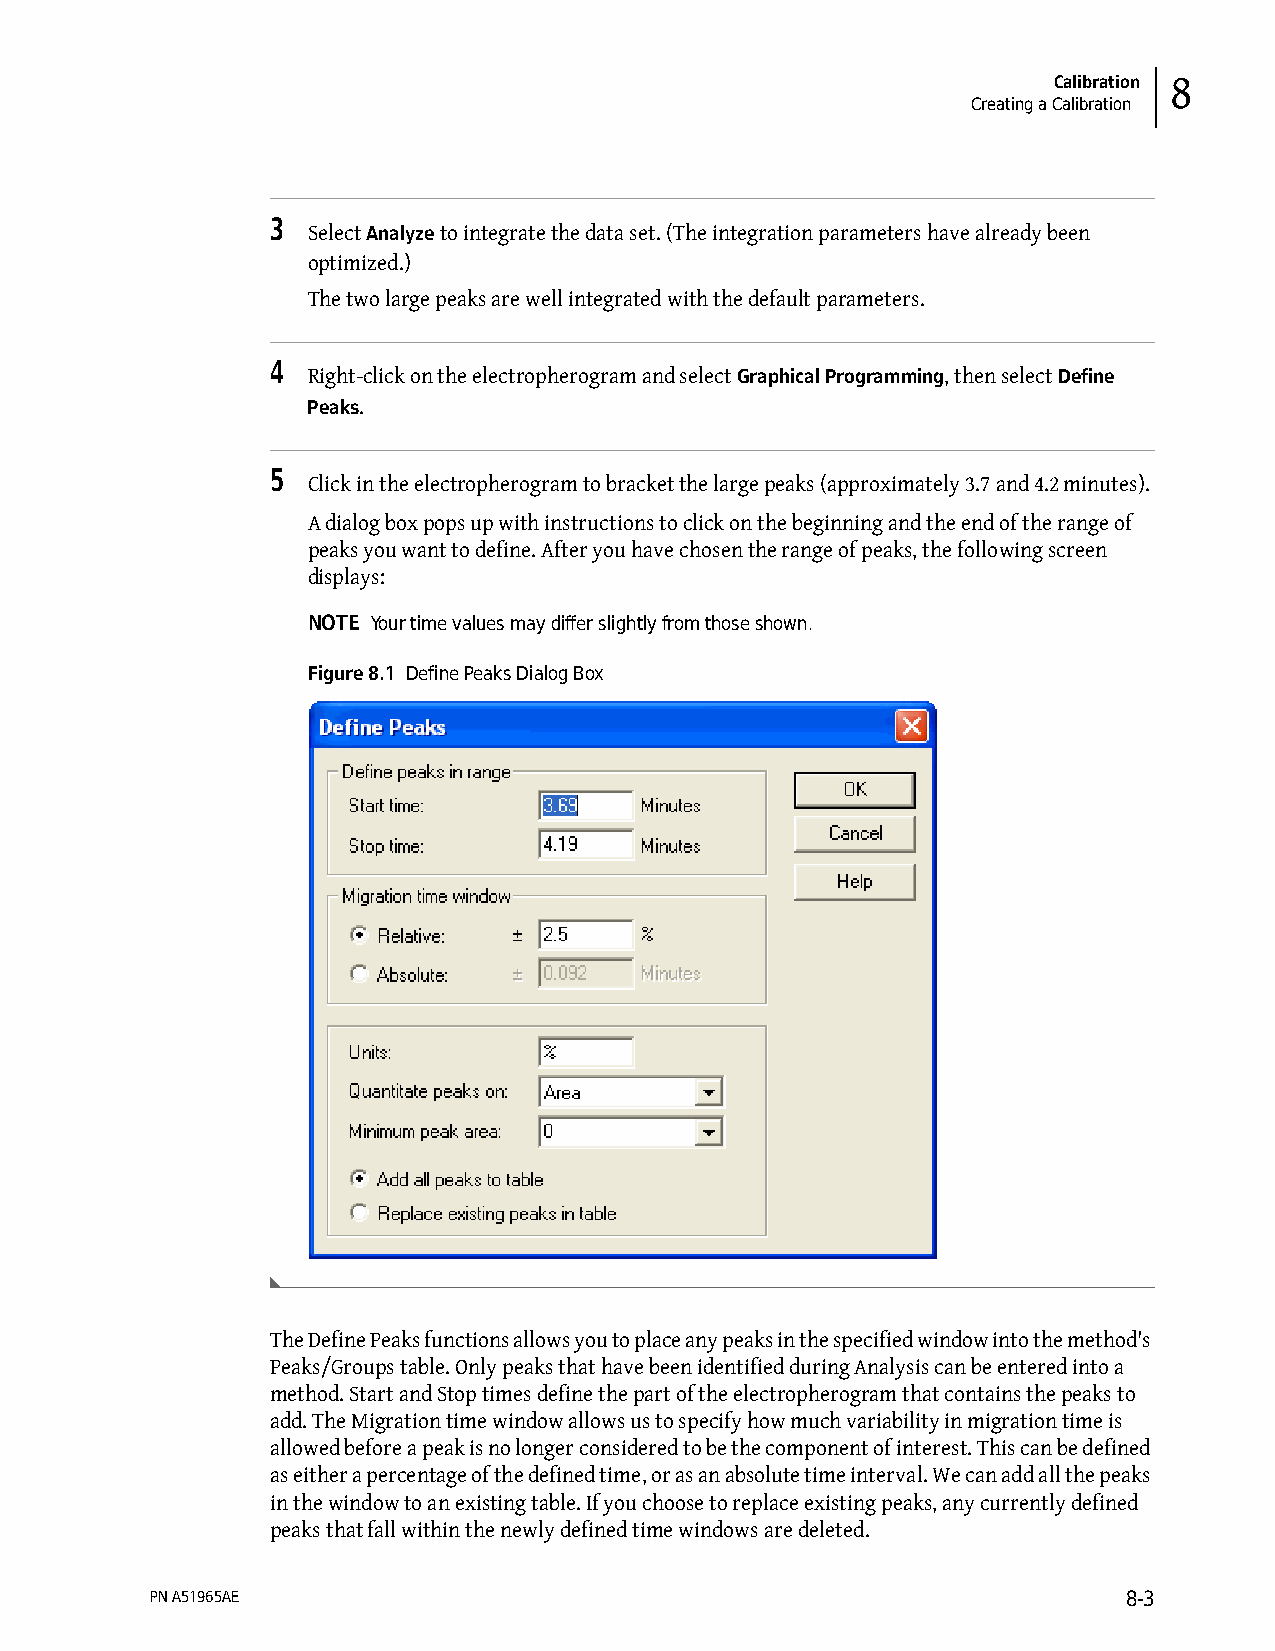
Calibration 8
 Creating a Calibration
 3
 Select Analyze to integrate the data set. (The integration parameters have already been
 optimized.)
 The two large peaks are well integrated with the default parameters.
 4
 Right-click on the electropherogram and select Graphical Programming, then select Define
 Peaks.
 5
 Click in the electropherogram to bracket the large peaks (approximately 3.7 and 4.2 minutes).
 A dialog box pops up with instructions to click on the beginning and the end of the range of
 peaks you want to define. After you have chosen the range of peaks, the following screen
 displays:
 NOTE Your time values may differ slightly from those shown.
 Figure 8.1 Define Peaks Dialog Box
 The Define Peaks functions allows you to place any peaks in the specified window into the method's
 Peaks/Groups table. Only peaks that have been identified during Analysis can be entered into a
 method. Start and Stop times define the part of the electropherogram that contains the peaks to
 add. The Migration time window allows us to specify how much variability in migration time is
 allowed before a peak is no longer considered to be the component of interest. This can be defined
 as either a percentage of the defined time, or as an absolute time interval. We can add all the peaks
 in the window to an existing table. If you choose to replace existing peaks, any currently defined
 peaks that fall within the newly defined time windows are deleted.
 PN A51965AE                                                      8-3